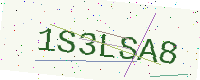
Text: 1S3LSA8